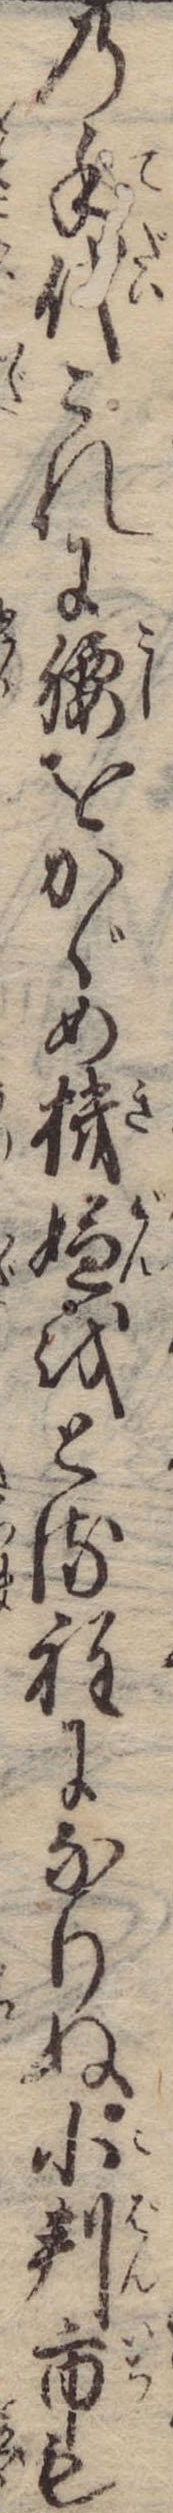
の手代これに腰をかゞめ機嫌をとる程になりぬ小判市も